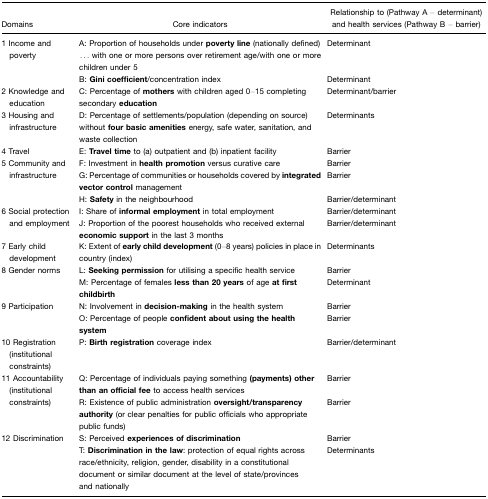
<table><thead><tr><td colspan="2"><b>Domains</b></td><td><b>Core indicators</b></td><td><b>Relationship to (Pathway A – determinant) and health services (Pathway B – barrier)</b></td></tr></thead><tbody><tr><td rowspan="2">1</td><td rowspan="2">Income and poverty</td><td>A: Proportion of households under <b>poverty line</b> (nationally defined) ... with one or more persons over retirement age/with one or more children under 5</td><td>Determinant</td></tr><tr><td>B: <b>Gini coefficient</b>/concentration index</td><td>Determinant</td></tr><tr><td>2</td><td>Knowledge and education</td><td>C: Percentage of <b>mothers</b> with children aged 0–15 completing secondary <b>education</b></td><td>Determinant/barrier</td></tr><tr><td>3</td><td>Housing and infrastructure</td><td>D: Percentage of settlements/population (depending on source) without <b>four basic amenities</b> energy, safe water, sanitation, and waste collection</td><td>Determinants</td></tr><tr><td>4</td><td>Travel</td><td>E: <b>Travel time</b> to (a) outpatient and (b) inpatient facility</td><td>Barrier</td></tr><tr><td rowspan="3">5</td><td rowspan="3">Community and infrastructure</td><td>F: Investment in <b>health promotion</b> versus curative care</td><td>Barrier</td></tr><tr><td>G: Percentage of communities or households covered by <b>integrated vector control</b> management</td><td>Barrier</td></tr><tr><td>H: <b>Safety</b> in the neighbourhood</td><td>Barrier/determinant</td></tr><tr><td rowspan="2">6</td><td rowspan="2">Social protection and employment</td><td>I: Share of <b>informal employment</b> in total employment</td><td>Barrier/determinant</td></tr><tr><td>J: Proportion of the poorest households who received external <b>economic support</b> in the last 3 months</td><td>Barrier/determinant</td></tr><tr><td>7</td><td>Early child development</td><td>K: Extent of <b>early child development</b> (0–8 years) policies in place in country (index)</td><td>Determinants</td></tr><tr><td rowspan="2">8</td><td rowspan="2">Gender norms</td><td>L: <b>Seeking permission</b> for utilising a specific health service</td><td>Barrier</td></tr><tr><td>M: Percentage of females <b>less than 20 years</b> of age <b>at first childbirth</b></td><td>Determinant</td></tr><tr><td rowspan="2">9</td><td rowspan="2">Participation</td><td>N: Involvement in <b>decision-making</b> in the health system</td><td>Barrier</td></tr><tr><td>O: Percentage of people <b>confident about using the health system</b></td><td>Barrier</td></tr><tr><td>10</td><td>Registration (institutional constraints)</td><td>P: <b>Birth registration</b> coverage index</td><td>Barrier/determinant</td></tr><tr><td rowspan="2">11</td><td rowspan="2">Accountability (institutional constraints)</td><td>Q: Percentage of individuals paying something <b>(payments) other than an official fee</b> to access health services</td><td>Barrier</td></tr><tr><td>R: Existence of public administration <b>oversight/transparency authority</b> (or clear penalties for public officials who appropriate public funds)</td><td>Barrier</td></tr><tr><td rowspan="2">12</td><td rowspan="2">Discrimination</td><td>S: Perceived <b>experiences of discrimination</b></td><td>Barrier</td></tr><tr><td>T: <b>Discrimination in the law</b>: protection of equal rights across race/ethnicity, religion, gender, disability in a constitutional document or similar document at the level of state/provinces and nationally</td><td>Determinants</td></tr></tbody></table>